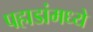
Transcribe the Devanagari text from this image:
पहाडांमध्ये